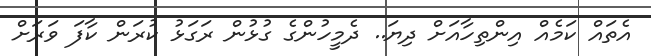
އެތައް ކަމެއް އިންތިހާއަށް ދިޔަ.. ދެމީހުންގެ ގުޅުން ރަގަޅު ކުރަން ކާފަ ވަރަށް